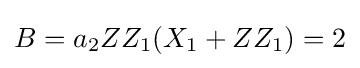
B=a_{2}ZZ_{1}(X_{1}+ZZ_{1})=2